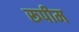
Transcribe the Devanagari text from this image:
रूपीम